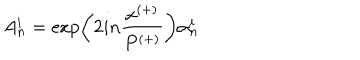
A _ { n } ^ { i } = \exp \left( 2 i n \frac { x ^ { ( + ) } } { P ^ { ( + ) } } \right) \alpha _ { n } ^ { i }